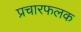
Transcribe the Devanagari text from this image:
प्रचारफलक